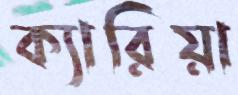
ক্যারিয়া